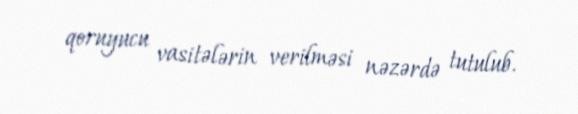
qoruyucu vasitələrin verilməsi nəzərdə tutulub.